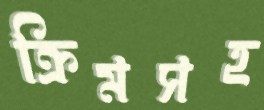
ক্রিমসহ